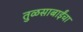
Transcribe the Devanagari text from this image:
तुळसाबाईंचा